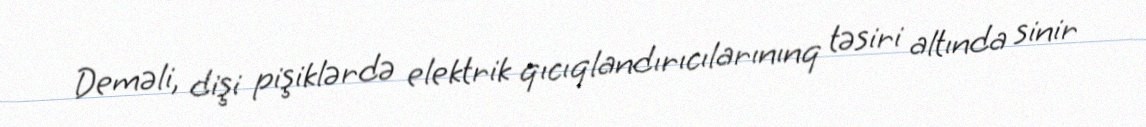
Deməli, dişi pişiklərdə elektrik qıcıqlandırıcılarınınq təsiri altında sinir